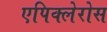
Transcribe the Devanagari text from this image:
एपिक्लेरोस